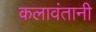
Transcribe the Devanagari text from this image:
कलावंतानी